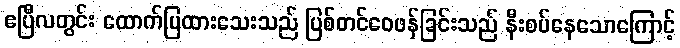
ဧပြီလတွင်း ထောက်ပြထားသေးသည် ပြစ်တင်ဝေဖန်ခြင်းသည် နီးစပ်နေသောကြောင့်